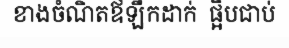
ខាងចំណិតឪឡឹកដាក់  ផ្អិបជាប់